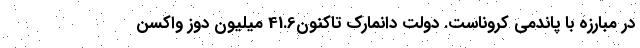
در مبارزه با پاندمی کروناست. دولت دانمارک تاکنون41.6 میلیون دوز واکسن